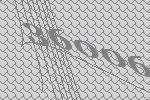
36006